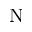
\mathrm { N }